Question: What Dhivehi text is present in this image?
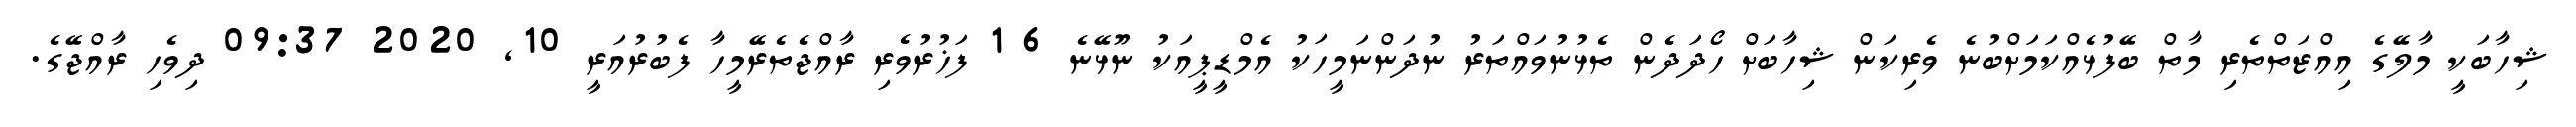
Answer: ޝިހާބަކީ މާލޭގެ އިއްޒަތްތެރި މާތް ބޭފުޅެއްކަމަށްބުނެ ވެރިކަން ޝިހާބަށް ހޯދަދެން ތެޅުނުވައްތަރު ނުދަންނަމީހަކު އެމްޑީޕީއަކު ނޫޅޭނެ 6 1 ފަޚުރުވެރި ރާއްޖެތެރޭމީހާ ފެބުރުއަރީ 10, 2020 09:37 ދިވެހި ރާއްޖޭގެ.